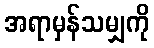
အရာမှန်သမျှကို